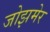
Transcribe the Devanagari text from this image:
जोझमेर